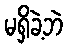
မရှိခဲ့ဘဲ